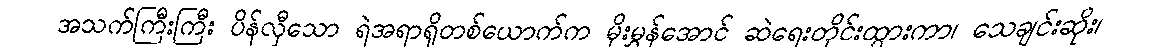
အသက်ကြီးကြီး ပိန်လှီသော ရဲအရာရှိတစ်ယောက်က မိုးမွှန်အောင် ဆဲရေးတိုင်းထွားကာ၊ သေချင်းဆိုး၊